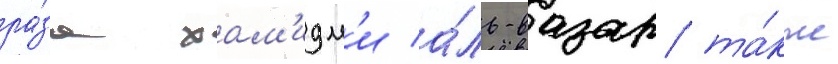
ра́за хам'идм'и а́ль-вазар та́кже